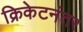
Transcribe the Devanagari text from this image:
क्रिकेटनंतर